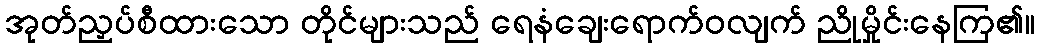
အုတ်ညှပ်စီထားသော တိုင်များသည် ရေနံချေးရောက်ဝလျက် ညိုမှိုင်းနေကြ၏။